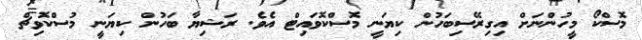
މޮސްކޯ މީހުންނަށް އިގިރޭސިބަހުން ކިޔަނީ މޮސްކޮވައިޓް އެވެ. ރަޝިޔާ ބަހުން ކިޔަނީ މުސްކޮވިޗް